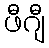
ဖီဂျီ